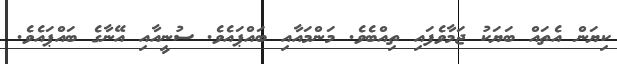
ކިޔަން އެތައް ބަޔަކު ޖަމާވެފައި ތިއްބެވެ. މަންމައާއި ބައްޕައެވެ. ސުނީއާއި އޭނާގެ ބައްޕައެވެ.